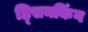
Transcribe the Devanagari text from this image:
ह्सिनकिंग